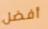
أفضل